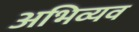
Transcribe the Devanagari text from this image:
अभिव्यव